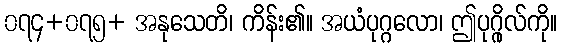
၀၇၄+၀၇၅+ အနုသေတိ၊ ကိန်း၏။ အယံပုဂ္ဂလော၊ ဤပုဂ္ဂိုလ်ကို။